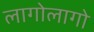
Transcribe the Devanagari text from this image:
लागोलागो